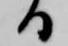
る